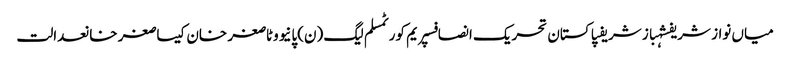
میاں نواز شریفشہباز شریفپاکستان تحریک انصافسپریم کورٹمسلم لیگ (ن)پانیووٹاصغر خان کیساصغر خانعدالت